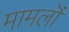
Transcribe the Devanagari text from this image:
मामलॊं